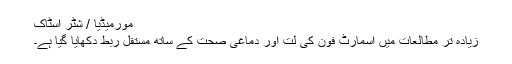
مورمیڈیا / شٹر اسٹاک
زیادہ تر مطالعات میں اسمارٹ فون کی لت اور دماغی صحت کے ساتھ مستقل ربط دکھایا گیا ہے۔